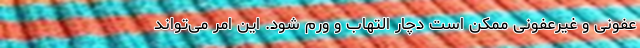
عفونی و غیرعفونی ممکن است دچار التهاب و ورم شود. این امر می‌تواند